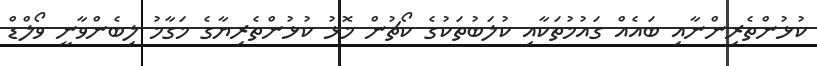
ކުޅުންތެރިންނާއި ބައެއް ގައުމުތަކާއި ކުލަބުތަކުގެ ކޯޗުން މޮޅު ކުޅުންތެރިޔާގެ މަގާމު ލިބެންވާނީ ވޯލްޑް